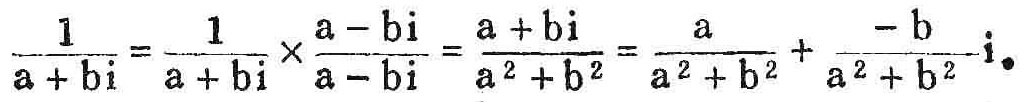
\(\frac{1}{a + bi}=\frac{1}{a + bi}\times\frac{a - bi}{a - bi}=\frac{a + bi}{a^{2}+b^{2}}=\frac{a}{a^{2}+b^{2}}+\frac{-b}{a^{2}+b^{2}}i\)